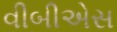
વીબીએસ